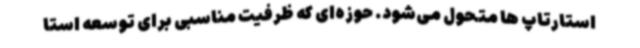
استارتاپ ها متحول می‌شود. حوزه‌ای که ظرفیت مناسبی برای توسعه استا